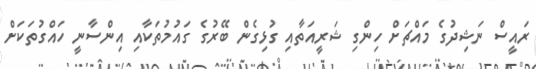
ރައީސް ނަޝިދުގެ މައްޗަށް ހިންގި ޝަރީއަތާއި ގުޅިގެން ބޭރުގެ ގައުމުތަކާއި އިންސާނީ ހައްގުތަކަށް